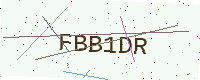
Text: FBB1DR